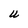
Character: U